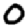
Digit: 0